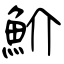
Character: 魪